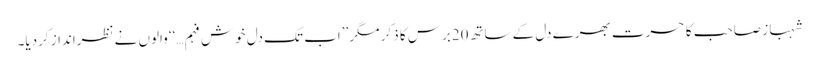
شہباز صاحب کا حسرت بھرے دل کے ساتھ20برس کا ذکر مگر ’’اب تک دل خوش فہم…‘‘والوں نے نظرانداز کردیا۔